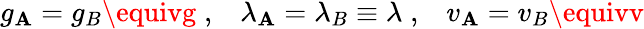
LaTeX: g_{\mathbf{A}}=g_{B}\equivg\; ,\; \; \; \lambda_{\mathbf{A}}=\lambda_{B}\equiv\lambda\; ,\; \; \; v_{\mathbf{A}}=v_{B}\equivv